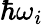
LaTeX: \hbar\omega_{i}